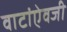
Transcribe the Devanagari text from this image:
वाटांऐवजी